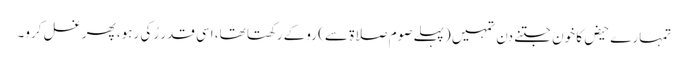
تمہارے حیض کا خون جتنے دن تمہیں (پہلے صوم صلاۃ سے) روکے رکھتا تھا، اسی قدر رُکی رہو، پھر غسل کرو۔